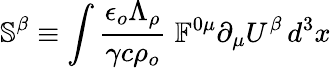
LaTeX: \mathbb{S}^{\beta}\equiv\int\frac{\epsilon_{o}\Lambda_{\rho}}{\gamma c\rho_{o}}\; \mathbb{F}^{0\mu}\partial_{\mu}U^{\beta}\, d^{3}x